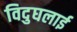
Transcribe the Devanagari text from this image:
विदुघलाई